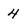
Character: 4